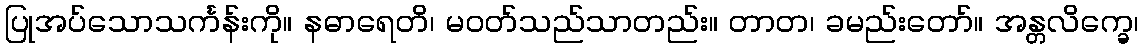
ပြုအပ်သောသင်္ကန်းကို။ နဓာရေတိ၊ မဝတ်သည်သာတည်း။ တာတ၊ ခမည်းတော်။ အန္တလိက္ခေ၊